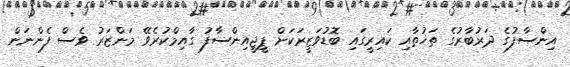
އިންސާފުގެ ދަރުބާރުގެ ތަޚުތާއި ކައިރީގައި ބޮޑުވަޒީރަކަށް ޕީޖީއިންސާފު ގާއިމްކުރެވޭ މަންޒަރު ވެސް ފެންނަން